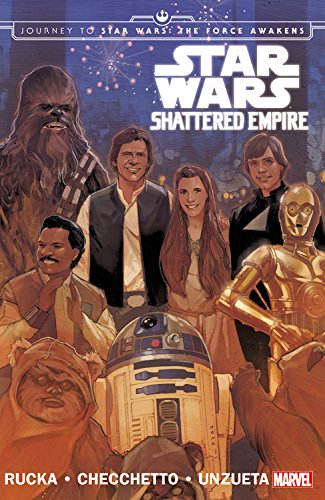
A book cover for Star Wars: Journey to Star Wars: The Force Awakens: Shattered Empire; Greg Rucka; Comics & Graphic Novels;